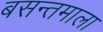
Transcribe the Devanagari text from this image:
बसन्तमाला